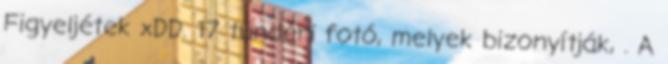
Figyeljétek xDD. 17 tündéri fotó, melyek bizonyítják, . A